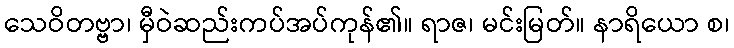
သေဝိတဗ္ဗာ၊ မှီဝဲဆည်းကပ်အပ်ကုန်၏။ ရာဇ၊ မင်းမြတ်။ နာရိယော စ၊